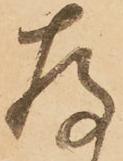
存